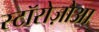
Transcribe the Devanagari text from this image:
स्टॉरोज़ोआ